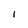
Character: I